Alphabetical list of drugs, medicines and other preparations free from, and containing, spirit compiled from the results of tests made by the customs houses at Calcutta, Bombay, and Madras
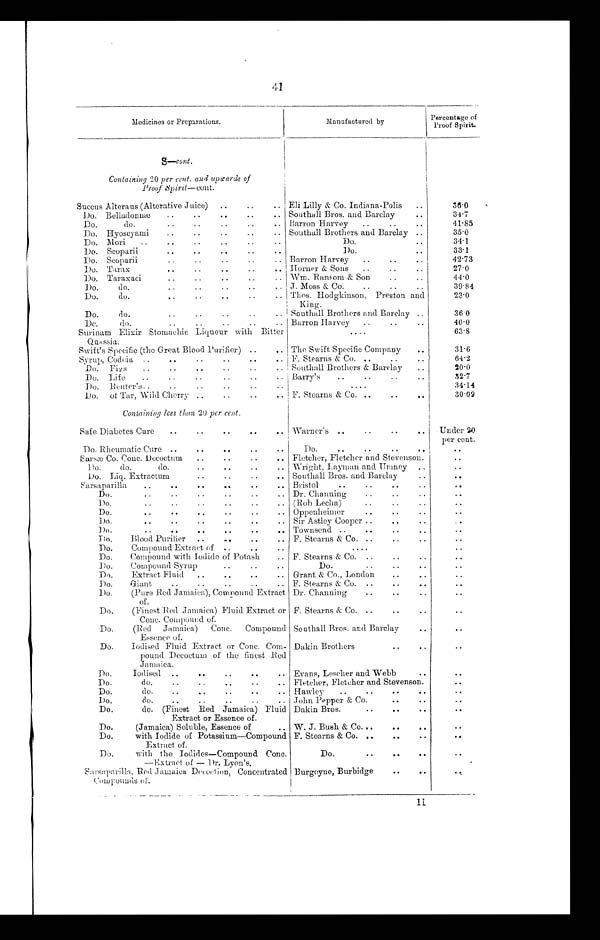
4 1
Medicines or Preparations.
Manufactured by
Percentage of
Proof Spirit.
S—cont.
Containing 20 per cent. and upwards of
Proof Spirit—cont.
Succus Alteraus (Alterative Juice)
Eli Lilly & Co. Indiana-Polis
36·0
Do. Belladonnæ
Southall Bros. and Barclay
34·7
Do. do.
Barron Harvey
41·85
Do. Hyoseyami
Southall Brothers and Barclay
35·0
Do. Mori
Do.
3 4 · 1
Do. Scoparii
Do.
33·1
Do. Scoparii
Barron Harvey
42·73
Do. Tarax
Horner & Sons
27·0
Do. Taraxaci
Wm. Ransom & Son
44·0
Do. do. J. Moss & Co.
39·84
Do. do.
Thos. Hodgkinson, Preston and
King.
23·0
Do. do
Southall Brothers and Barclay
36·0
Do. do.
Barron Harvey
40·0
Surinam Elixir Stomachic Liqueur with Bitter
Quassia.
63·8
Swift's Specific (the Great Blood Purifier)
The Swift Specific Company
31·6
Syrup, Codeia
F. Stearns & Co.
64·2
Do. Figs
Southall Brothers & Barclay
20·0
Do. Life
Barry's
32·7
Do. R euter's
34·14
Do. of Tar, Wild Cherry
F. Stearns & Co.
30·09
Containing less than 20 per cent.
Safe Diabetes Cure
Warner's
Under 20
per cent.
Do. Rheumatic Cure
Do.
Sarsæ Co. Conc. Decoctum
Fletcher, Fletcher and Stevenson.
Do. do. do.
Wright, Layman and Umney
Do. Liq. Extractum
Southall Bros. and Barclay
Sarsaparilla
Bristol
Do.
Dr. Channing
Do.
(Rob Lecha)
Do.
Oppenheimer
Do
Sir Astley Cooper
Do.
Townsend
Do.
Blood Purifier
F. Stearns & Co.
Do. Compound Extract of
Do. Compound with Iodide of Potash
F. Stearns & Co.
Do. Compound Syrup
Do.
Do.
Extract Fluid
Grant & Co., London
Do. Giant
F. Stearns & Co.
Do. (Pare Red Jamaica), Compound Extract
of.
Dr. Channing
Do. (Finest Red Jamaica) Fluid Extract or
Conc. Compound of.
F. Stearns & Co.
Do. (Red Jamaica) Conc. Compound
Essence of.
Southall Bros. and Barclay
Do. Iodised Fluid Extract or Conc. Com-
pound Decoctum of the finest Red
Jamaica.
Dakin Brothers
Do. Iodised
Evans, Lescher and Webb
Do. do
Fletcher, Fletcher and Stevenson.
Do. do.
Hawley
Do. do.
John Pepper & Co.
Do. do. (Finest Red Jamaica) Fluid
Extract or Essence of.
Dakin Bros.
Do.
(Jamaica) Soluble, Essence of
W. J. Bush & Co.
Do.
with Iodide of Potassium—Compound
Extract of.
F. Stearns & Co
Do. with the Iodides—Compound Conc.
—Extract of—Dr. Lyon's.
Do.
Sarsaparilla, Red Jamaica Decoction, Concentrated
Compounds of.
Burgoyne, Burbidge